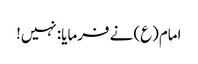
امام(ع) نے فرمایا: نہیں!